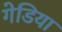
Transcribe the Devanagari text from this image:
गेडिया